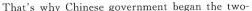
That's why Chinese government began the two-